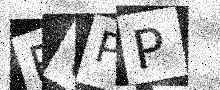
Text: PVPP